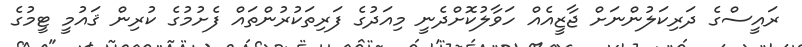
ރައީސްގެ ދަރިކަލުންނަށް ޖާޒީއެއް ހަވާލުކޮށްދެނީ މިއަދުގެ ފަރިތަކުރުންތައް ފެށުމުގެ ކުރިން ޤައުމީ ޓީމުގެ